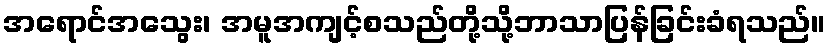
အရောင်အသွေး၊ အမူအကျင့်စသည်တို့သို့ဘာသာပြန်ခြင်းခံရသည်။